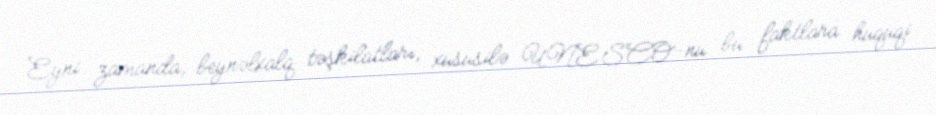
Eyni zamanda, beynəlxalq təşkilatları, xüsusilə UNESCO-nu bu faktlara hüquqi